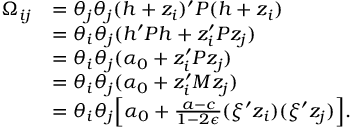
\begin{array} { r l } { \Omega _ { i j } } & { = \theta _ { j } \theta _ { j } ( h + z _ { i } ) ^ { \prime } P ( h + z _ { i } ) } \\ & { = \theta _ { i } \theta _ { j } ( h ^ { \prime } P h + z _ { i } ^ { \prime } P z _ { j } ) } \\ & { = \theta _ { i } \theta _ { j } ( \alpha _ { 0 } + z _ { i } ^ { \prime } P z _ { j } ) } \\ & { = \theta _ { i } \theta _ { j } ( \alpha _ { 0 } + z _ { i } ^ { \prime } M z _ { j } ) } \\ & { = \theta _ { i } \theta _ { j } \Bigl [ \alpha _ { 0 } + \frac { a - c } { 1 - 2 \epsilon } ( \xi ^ { \prime } z _ { i } ) ( \xi ^ { \prime } z _ { j } ) \Bigr ] . } \end{array}